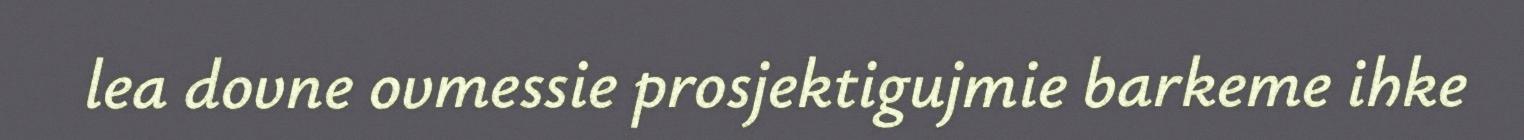
lea dovne ovmessie prosjektigujmie barkeme ihke